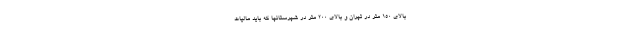
بالای ۱۵۰ متر در تهران و بالای ۲۰۰ متر در شهرستانها که باید مالیات